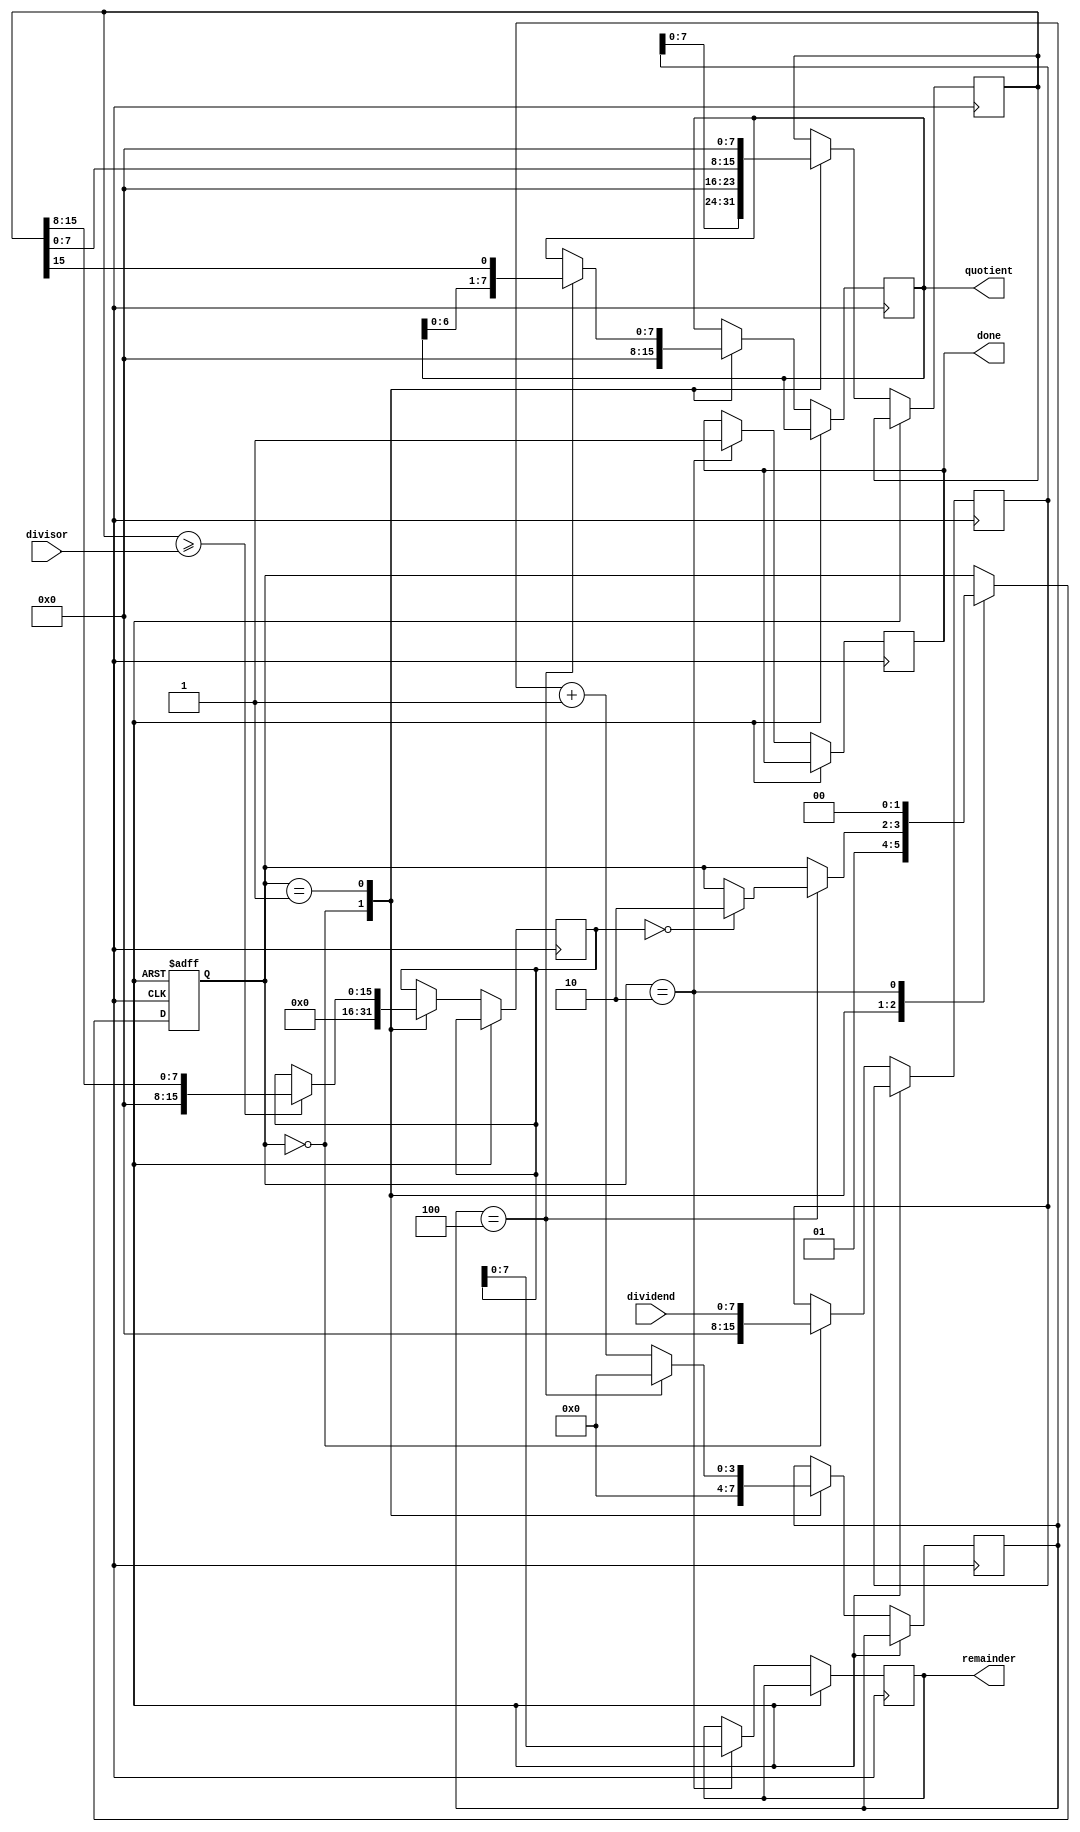
module radix2_srt_divider (
    input wire [7:0] dividend,
    input wire [7:0] divisor,
    output reg [7:0] quotient,
    output reg [7:0] remainder,
    output reg done
);

reg [15:0] accumulator;
reg [15:0] remainder_reg;
reg [3:0] count;
reg [1:0] state;
wire [7:0] shift_amount;
reg [15:0] dividend_reg;

always @(posedge clk or posedge rst) begin
    if (rst)
        state <= 0;
    else begin
        case (state)
            0: begin
                dividend_reg <= dividend;
                accumulator <= {dividend_reg, 8'b0}; //shift dividend to left by 8 bits
                remainder_reg <= 8'b0;
                quotient <= 0;
                count <= 4'b0;
                state <= 1;
            end
            1: begin
                if (accumulator >= divisor) begin
                    accumulator <= accumulator - divisor;
                    remainder_reg <= accumulator[15:8];
                end
                shift_amount = {accumulator[15:8], 1'b0};
                accumulator <= {accumulator[7:0], 8'b0}; //shift accumulator to the left by 8 bits
                count <= count + 1;
                if (count == 4) begin
                    quotient <= {quotient[6:0], accumulator[15]}; //save quotient
                    count <= 4'b0;
                    if (remainder_reg == 0) //check for completion
                        state <= 2;
                end
            end
            2: begin
                remainder <= remainder_reg;
                done <= 1;
                state <= 0;
            end
        endcase
    end
end

endmodule